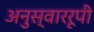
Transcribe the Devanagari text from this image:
अनुस्वाररूपी